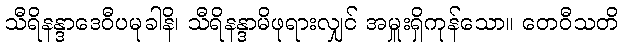
သီရိနန္ဒာဒေဝီပမုခါနိ၊ သီရိနန္ဒာမိဖုရားလျှင် အမှူးရှိကုန်သော။ တေဝီသတိ